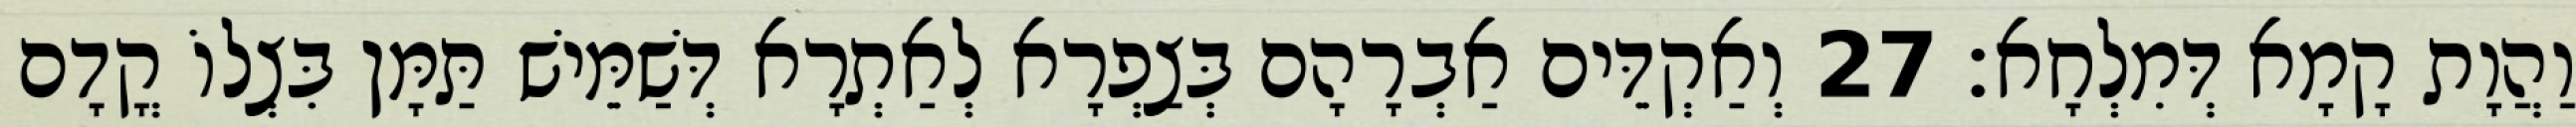
וַהֲוָת קָמָא דְּמִלְחָא׃ 27 וְאַקְדֵּים אַבְרָהָם בְּצַפְרָא לְאַתְרָא דְּשַׁמֵּישׁ תַּמָּן בִּצְלוֹ קֳדָם